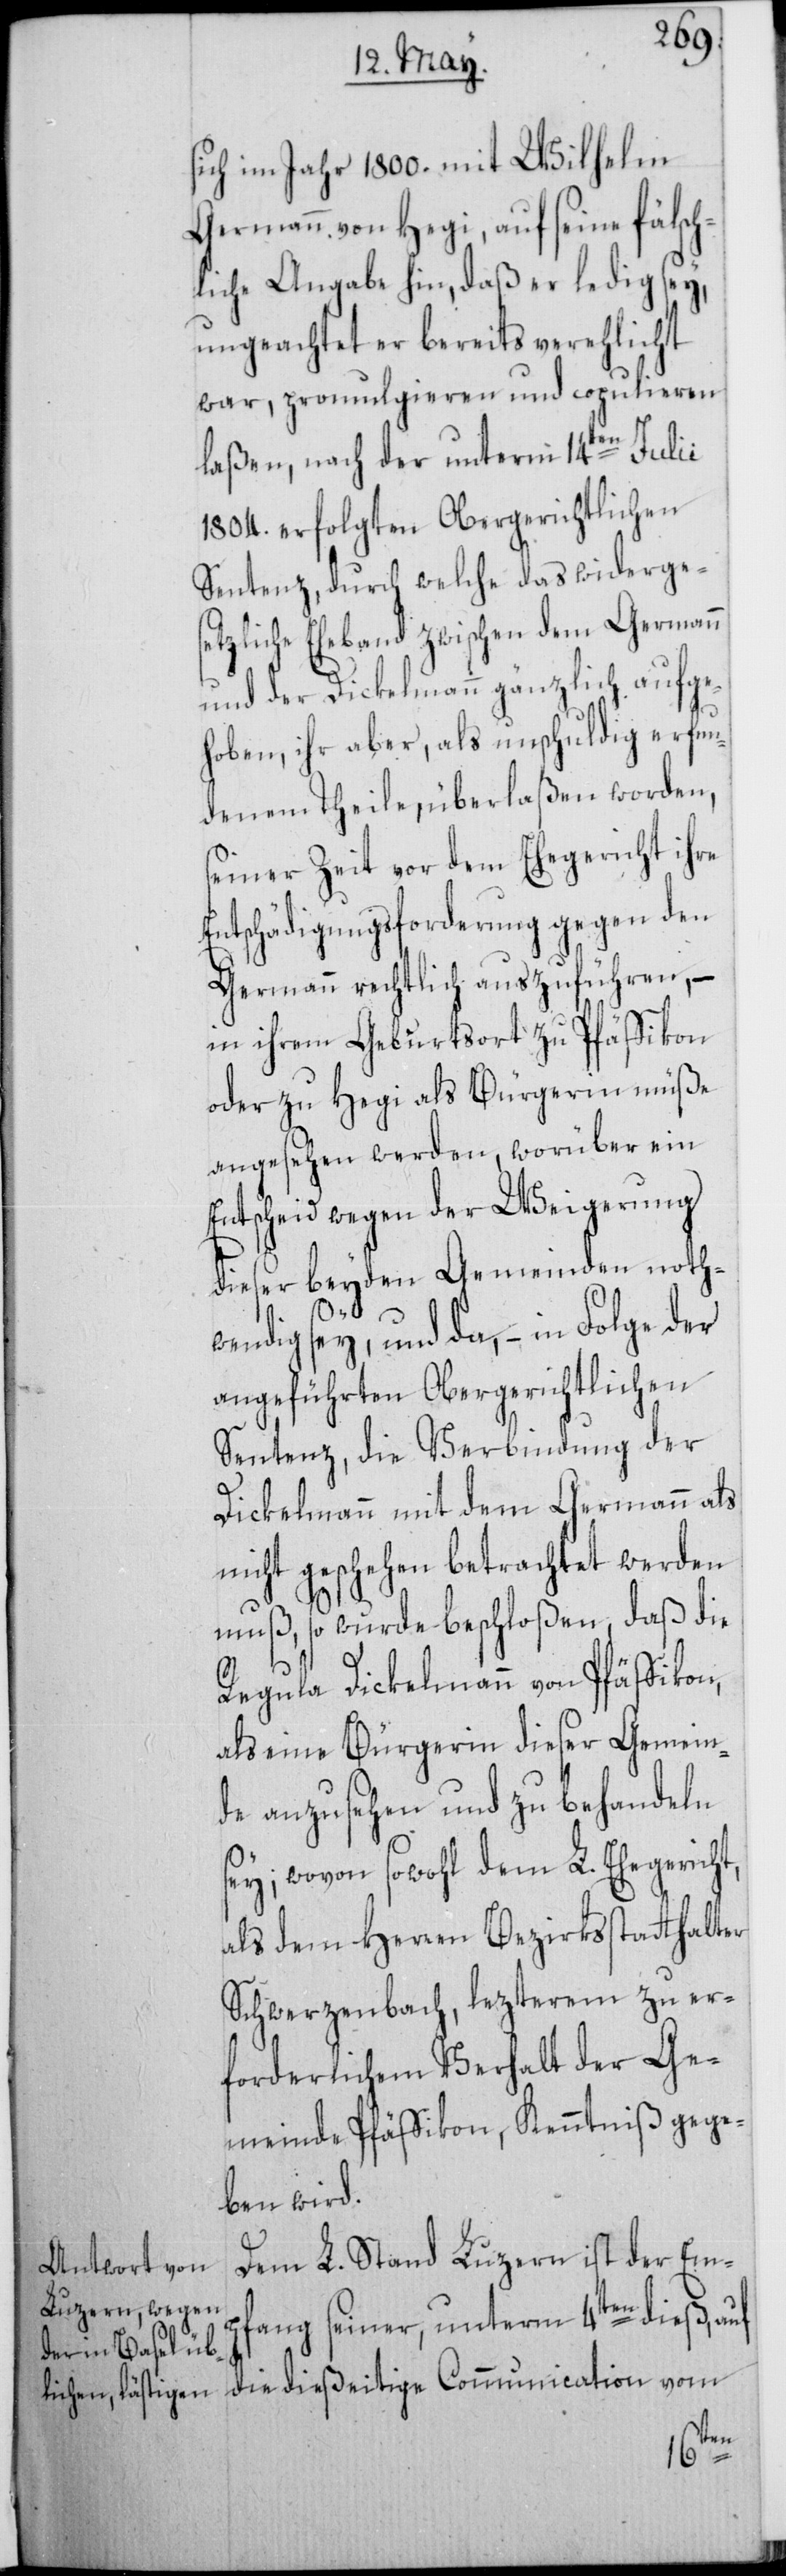
sich im Jahr 1800. mit Wilhelm
Germann von Hegi, auf seine fälsch¬
liche Angabe hin, daß er ledig sey,
ungeachtet er bereits verehlicht
war, promulgieren und copulieren
laßen, nach der unterm 14ten Julii
1804. erfolgten Obergerichtlichen
Sentenz, durch welche das widerge¬
setzliche Eheband zwischen dem Germann
und der Dickelmann gänzlich aufge¬
hoben, ihr aber, als unschuldig erfun¬
denem Theile, überlaßen worden,
seiner Zeit vor dem Ehegericht ihre
Entschädigungsforderung gegen den
Germann rechtlich auszuführen, –
in ihrem Geburtsort zu Pfäffikon
oder zu Hegi als Bürgerin müße
angesehen werden, worüber ein
Entscheid wegen der Weigerung
dieser beyden Gemeinden noth¬
wendig sey, und da, – in Folge der
angeführten Obergerichtlichen
Sentenz, die Verbindung der
Dickelmann mit dem Germann als
nicht geschehen betrachtet werden
muß, so wurde beschloßen, daß die
Regula Dickelmann von Pfäffikon,
als eine Bürgerin dieser Gemein¬
de anzusehen und zu behandeln
sey; wovon sowohl dem L. Ehegericht,
als dem Herren Bezirksstatthalter
Schwerzenbach, lezterem zu er¬
forderlichem Verhalt der Ge¬
meinde Pfäffikon, Kenntniß gege¬
ben wird.
Dem L. Stand Luzern ist der Em¬
pfang seiner, unterm 4ten dieß, auf
die dießeitige Communication vom